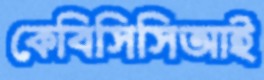
কেবিসিসিআই